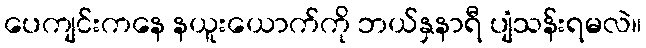
ပေကျင်းကနေ နယူးယောက်ကို ဘယ်နှနာရီ ပျံသန်းရမလဲ။